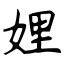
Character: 娌